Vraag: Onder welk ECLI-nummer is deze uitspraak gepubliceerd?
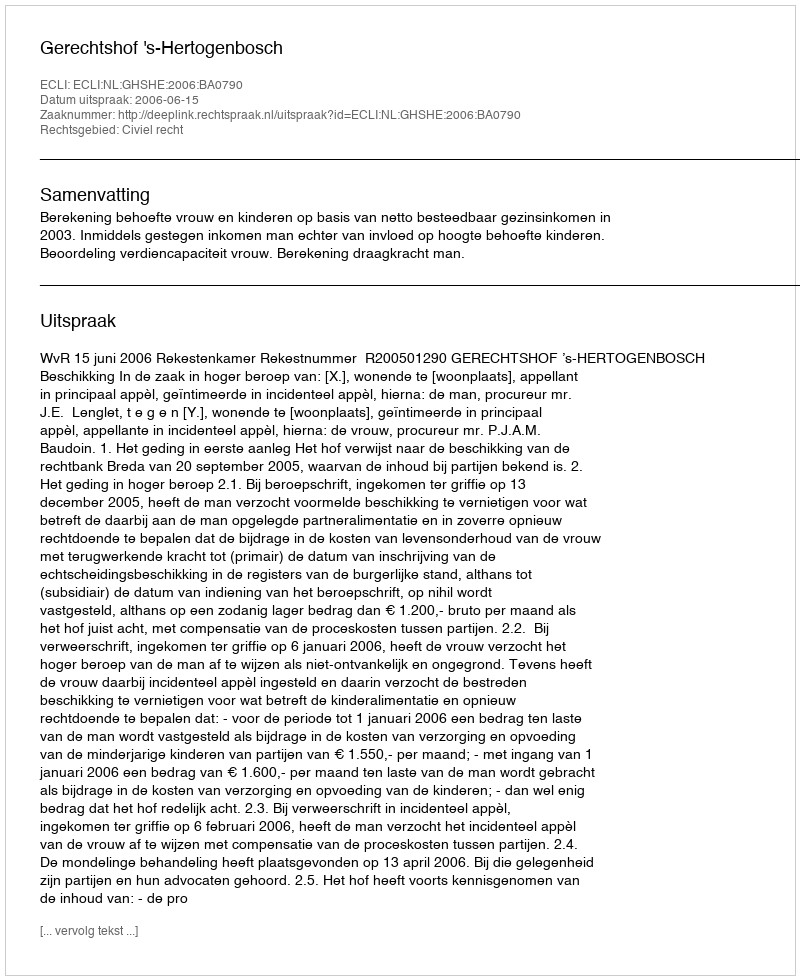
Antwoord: ECLI:NL:GHSHE:2006:BA0790